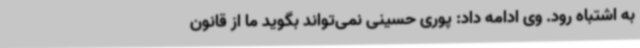
به اشتباه رود. وی ادامه داد: پوری حسینی نمی‌تواند بگوید ما از قانون